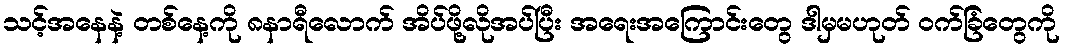
သင့်အနေနဲ့ တစ်နေ့ကို ၈နာရီလောက် အိပ်ဖို့လိုအပ်ပြီး အရေးအကြောင်းတွေ ဒါမှမဟုတ် ဝက်ခြံတွေကို